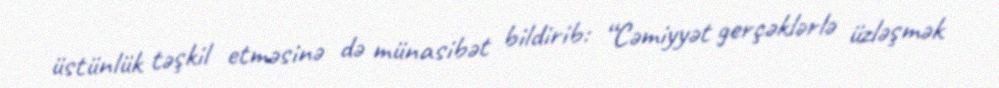
üstünlük təşkil etməsinə də münasibət bildirib: “Cəmiyyət gerçəklərlə üzləşmək